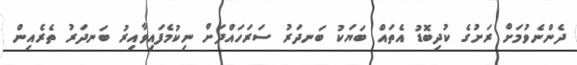
ދެންނެވުމަށް ރަށުގެ ކުދިބޮޑު އެތައް ބަޔަކު ބަނދަރު ސަރަހައްދަށް ނިކުމެފައިވާއިރު ބަނދަރު ތެރެއިން